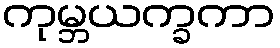
ကုမ္ဘယက္ခကာ